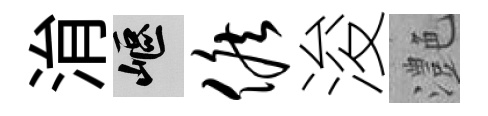
㳙嶇候浚灔